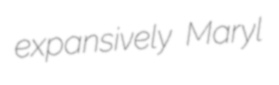
expansively Maryl